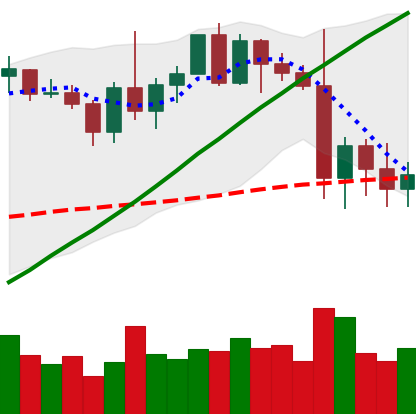
Ticker: XMR-USD
Chart end date: 2021-01-05
Forward return: 35.31%
Label: up_7plus